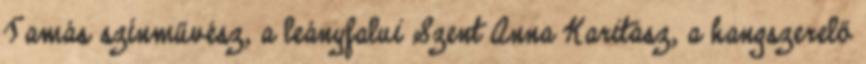
Tamás színművész, a leányfalui Szent Anna Karitász, a hangszerelő